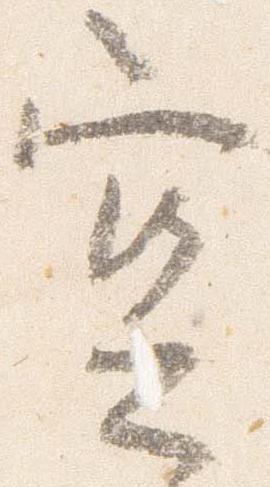
空